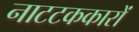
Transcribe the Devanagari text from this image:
नाटटककारों